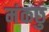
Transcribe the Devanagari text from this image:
मंकछु